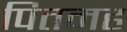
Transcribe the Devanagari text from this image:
पितमह